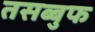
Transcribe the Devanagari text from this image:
तसब्बुफ